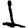
Digit: 1